Problem: 9 × 7 = ?
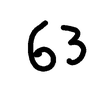
Handwritten answer: 63